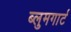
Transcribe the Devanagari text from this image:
ब्लुमगार्ट